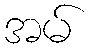
အမ်